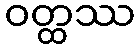
ဝတ္ထဿ